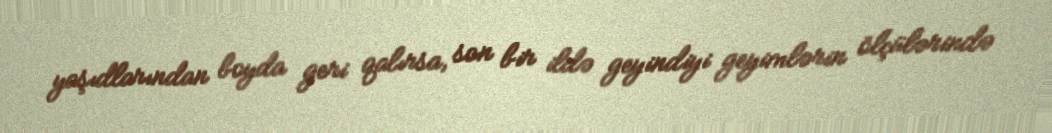
yaşıdlarından boyda geri qalırsa, son bir ildə geyindiyi geyimlərin ölçülərində